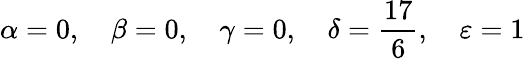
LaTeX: \alpha=0,\quad\beta=0,\quad\gamma=0,\quad\delta=\frac{17}{6},\quad\varepsilon=1